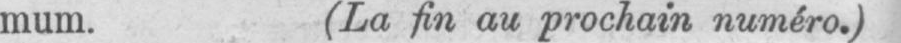
mum. (La fin au prochain numéro.)